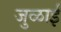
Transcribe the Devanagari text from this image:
जुळाई